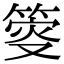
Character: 𥯴